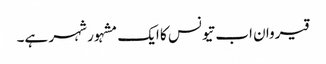
قیروان اب تیونس کا ایک مشہور شہر ہے۔